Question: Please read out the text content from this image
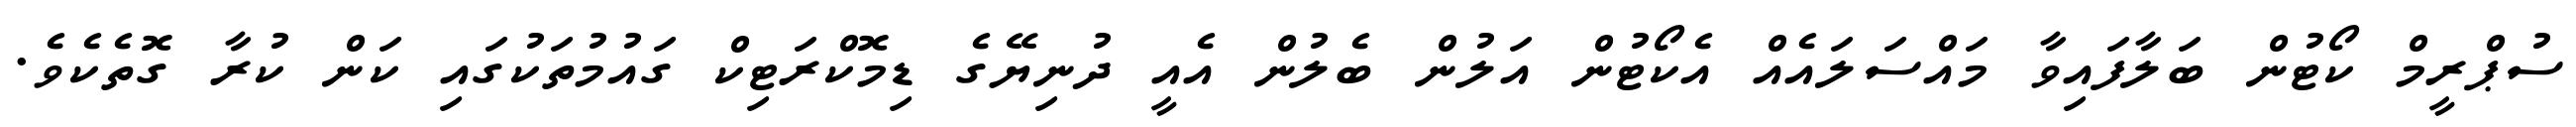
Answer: ސުޕްރީމް ކޯޓުން ބަލާފައިވާ މައްސަލައެއް އެކޯޓުން އަލުން ބެލުން އެއީ ދުނިޔޭގެ ޑިމޮކްރަޓިކް ގައުމުތަކުގައި ކަން ކުރާ ގޮތެކެވެ.